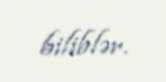
biliblər.